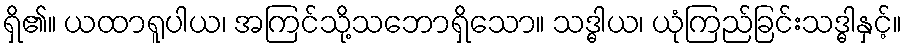
ရှိ၏။ ယထာရူပါယ၊ အကြင်သို့သဘောရှိသော။ သဒ္ဓါယ၊ ယုံကြည်ခြင်းသဒ္ဓါနှင့်။